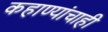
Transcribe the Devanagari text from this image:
कहाण्यांचाही